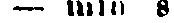
— min s